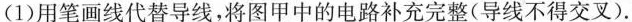
(1)用笔画线代替导线，将图甲中的电路补充完整(导线不得交叉).